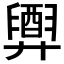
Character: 𢍲